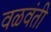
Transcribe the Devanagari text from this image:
वळवंती